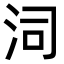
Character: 泀